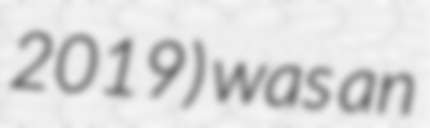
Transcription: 2019) was an